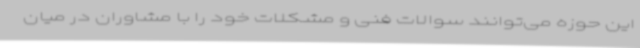
این حوزه می‌توانند سوالات فنی و مشکلات خود را با مشاوران در میان